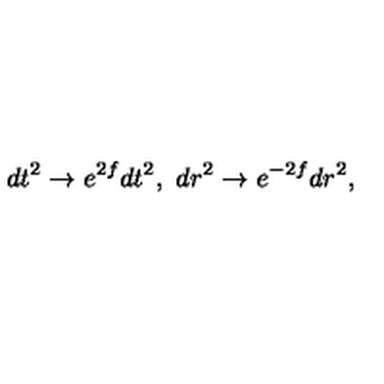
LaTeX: d t ^ { 2 } \to e ^ { 2 f } d t ^ { 2 } , \ d r ^ { 2 } \to e ^ { - 2 f } d r ^ { 2 } ,